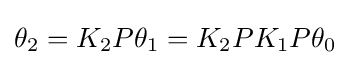
\theta _{2}=K_{2}P\theta _{1}=K_{2}PK_{1}P\theta _{0}